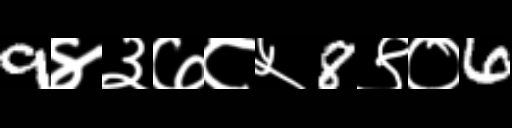
Text: 9४३७८५8९०6